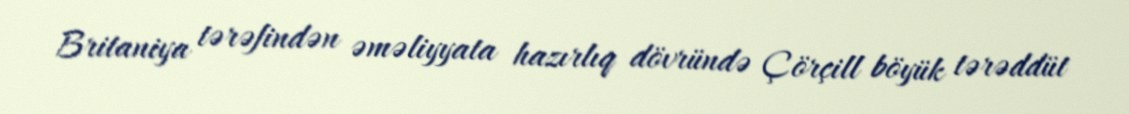
Britaniya tərəfindən əməliyyata hazırlıq dövründə Çörçill böyük tərəddüt